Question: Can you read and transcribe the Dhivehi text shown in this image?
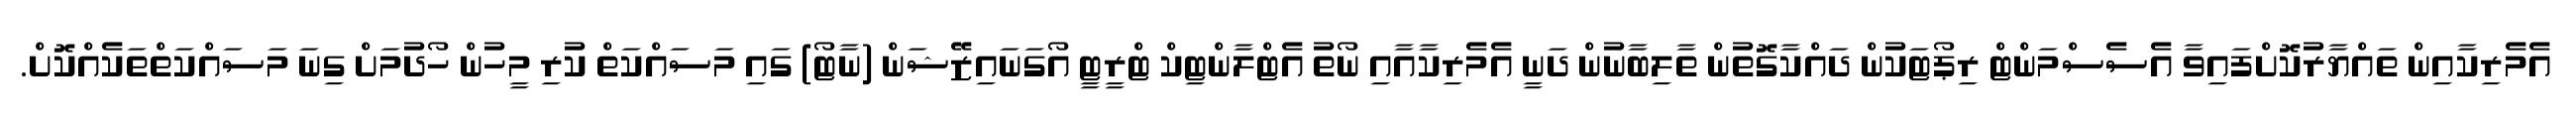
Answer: އެމެރިކާއިން ތައްޔާރުކޮށްފައިވާ އެސެސްމަންޓް ރިޕޯޓަކުން ދައްކާގޮތުން ތާލިބާނުން ދަނީ އެމެރިކާއާއި ނޯތު އެޓްލާންޓިކް ޓްރީޓީ އޯގަނައިޒޭޝަން (ނާޓޯ) ގައި މަސައްކަތް ކުރި މީހުން ހޯދުމަށް ގިނަ މަސައްކަތްތަކެއްކޮށް.